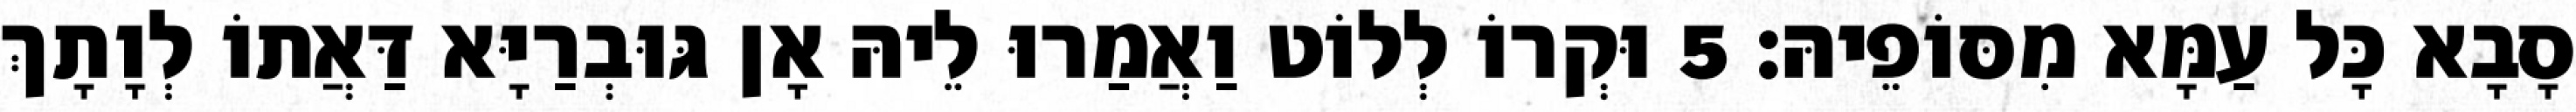
סָבָא כָּל עַמָּא מִסּוֹפֵיהּ׃ 5 וּקְרוֹ לְלוֹט וַאֲמַרוּ לֵיהּ אָן גּוּבְרַיָּא דַּאֲתוֹ לְוָתָךְ